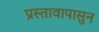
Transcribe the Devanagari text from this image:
प्रस्तावापासुन